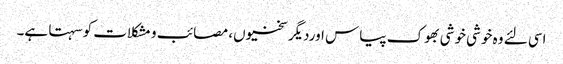
اسی لئے وہ خوشی خوشی بھوک پیاس اوردیگرسختیوں، مصائب و مشکلات کو سہتا ہے۔